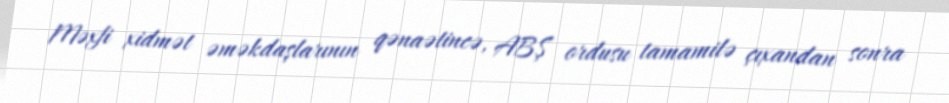
Məxfi xidmət əməkdaşlarının qənaətincə, ABŞ ordusu tamamilə çıxandan sonra